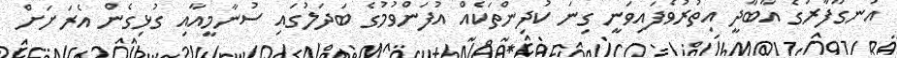
އުނގޫފާރުގެ އާބާދީ އިތުރުވެފައިވަނީ ގިނަ ކުދިންތަކެއް އުފަންވުމުގެ ބަދަލުގައި ސުނާމީއާއި ގުޅިގެން އެރަށަށް